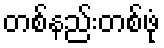
တစ်နည်းတစ်ဖုံ